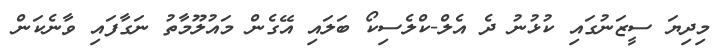
މިދިޔަ ސީޒަނުގައި ކުޅުނު ދެ އެލް-ކްލެސިކޯ ބަލައި އޭގެން މައުލޫމާތު ނަގާފައި ވާނެކަން